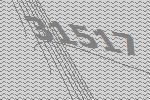
31517